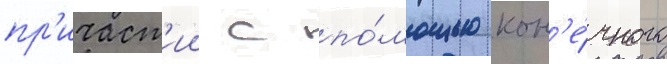
пр'ичаст'ии с по́мощью кон'е́чного